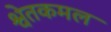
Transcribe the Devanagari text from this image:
श्वेतकमल